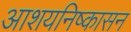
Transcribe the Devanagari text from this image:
आशयनिष्कासन